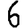
Digit: 6